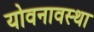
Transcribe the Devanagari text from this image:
योवनावस्था